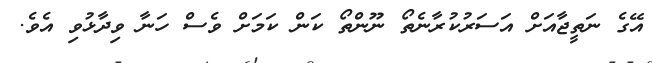
އޭގެ ނަތީޖާއަށް އަސަރުކުރާނެތޯ ނޫންތޯ ކަން ކަމަށް ވެސް ހަނާ ވިދާޅުވި އެވެ.